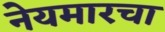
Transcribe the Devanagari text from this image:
नेयमारचा